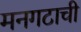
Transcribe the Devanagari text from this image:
मनगटाची